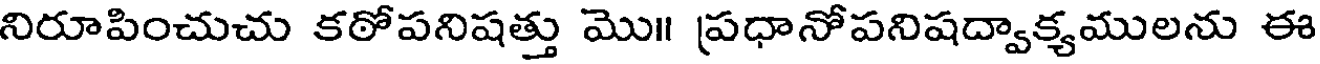
నిరూపించుచు కఠోపనిషత్తు మొ॥ ప్రధానోపనిషద్వాక్యములను ఈ